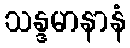
သန္ဒမာနာနံ